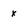
Character: x